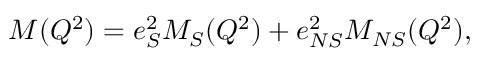
M ( Q ^ { 2 } ) = e _ { S } ^ { 2 } M _ { S } ( Q ^ { 2 } ) + e _ { N S } ^ { 2 } M _ { N S } ( Q ^ { 2 } ) ,